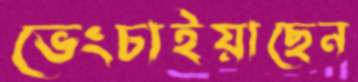
ভেংচাইয়াছেন